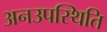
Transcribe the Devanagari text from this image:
अनउपस्थिति